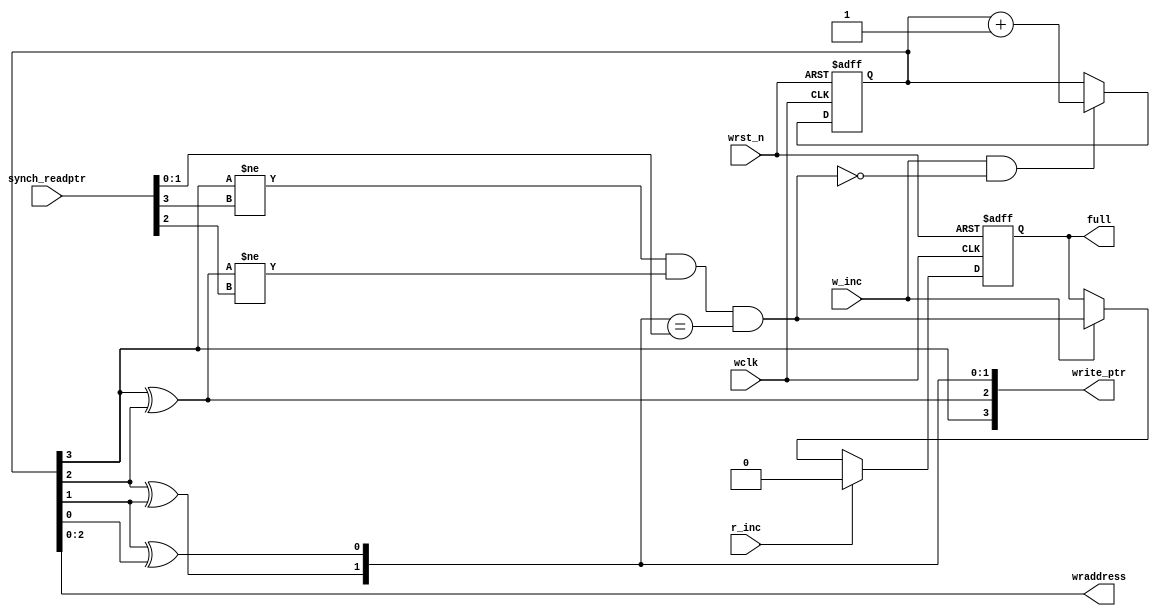
module FIFO_Full (
	input wclk,    // Clock
	input w_inc, // Clock Enable
	input r_inc,
	input wrst_n,  // Asynchronous reset active low
	input wire[3:0] synch_readptr,
	output reg full,
	output[2:0] wraddress,
	output[3:0] write_ptr
);

reg[3:0] bin_cnt;
wire[3:0] gray_cnt;
wire wfull;
always @(posedge wclk or negedge wrst_n) begin
	if(!wrst_n)
	begin
		bin_cnt <= 4'b0;
	end else if(w_inc && !wfull) begin
		bin_cnt <= bin_cnt + 1'b1;
	end
end
always @(posedge wclk or negedge wrst_n) begin
	if(!wrst_n) begin
		full <= 1'b0;
	end else if(r_inc) begin
		full <= 1'b0;
	end else if(w_inc) begin //
		full <= wfull;
	end 
	
end

assign gray_cnt = {bin_cnt[3],
				   bin_cnt[3]^bin_cnt[2],
				   bin_cnt[2]^bin_cnt[1],
				   bin_cnt[1]^bin_cnt[0]};
assign write_ptr = gray_cnt;
assign wraddress= bin_cnt[2:0];			   
assign wfull = (gray_cnt[3] != synch_readptr[3] &&
				gray_cnt[2] != synch_readptr[2] &&
				gray_cnt[1:0] == synch_readptr[1:0]);
//gray_cnt == {!synch_readptr[3:2],synch_readptr[1:0]}

endmodule